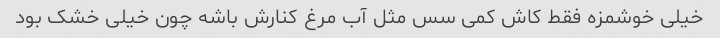
خیلی خوشمزه فقط کاش کمی سس مثل آب مرغ کنارش باشه چون خیلی خشک بود